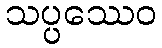
သပ္ပဿေဝ